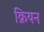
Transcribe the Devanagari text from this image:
क्रियन